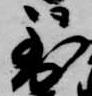
到